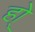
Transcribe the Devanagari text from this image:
हो्